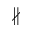
\nparallel